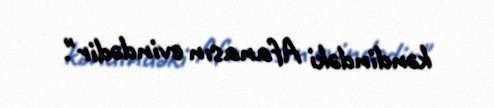
kəndindəki Afanasın evindədir".